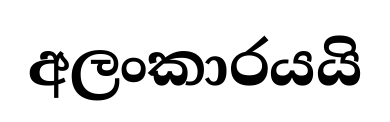
අලංකාරයයි